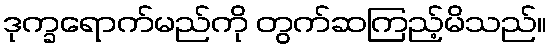
ဒုက္ခရောက်မည်ကို တွက်ဆကြည့်မိသည်။